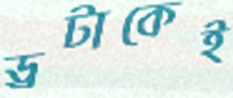
ড্রটাকেই